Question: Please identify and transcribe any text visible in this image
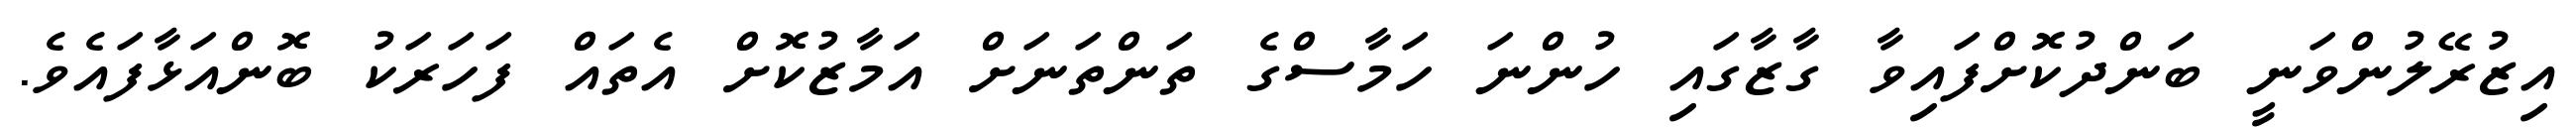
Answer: އިޒުރޭލުންވަނީ ބަންދުކޮށްފައިވާ ގާޒާގައި ހުންނަ ހަމާސްގެ ތަންތަނަށް އަމާޒުކޮށް އެތައް ފަހަރަކު ބޮންއަޅާފައެވެ.